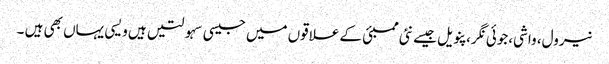
نیرول، واشی،جوئی نگر، پنویل جیسے نئی ممبئی کے علاقوں میں جیسی سہولتیں ہیں ویسی یہاں بھی ہیں ۔